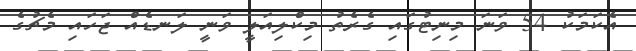
އެކަމަކު 54 ވަނަ މިނިޓުގައި ގެރެތު މިކްލިއަލީ ވަނީ ލަނޑެއް ޖަހައި މެޗުގެ